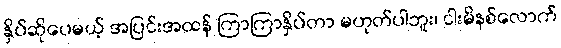
နှိပ်ဆိုပေမယ့် အပြင်းအထန် ကြာကြာနှိပ်တာ မဟုတ်ပါဘူး၊ ငါးမိနစ်လောက်